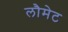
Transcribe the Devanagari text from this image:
लौमेट